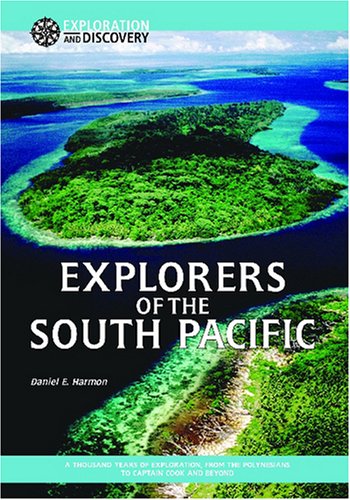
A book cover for Explorers of the South Pacific: A Thousand Years of Exploration, from the Polynesians to Captain Cook and Beyond (Exploration & Discovery); Daniel E. Harmon; Children's Books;